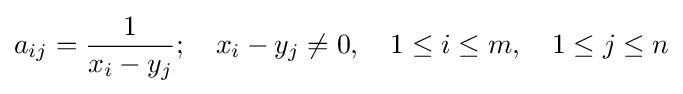
a_{ij}={\frac {1}{x_{i}-y_{j}}};\quad x_{i}-y_{j}\neq 0,\quad 1\leq i\leq m,\quad 1\leq j\leq n